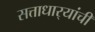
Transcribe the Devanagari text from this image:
सत्ताधार्‍यांची